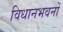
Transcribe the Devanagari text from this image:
विधानभवनों